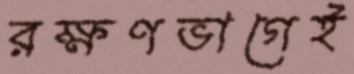
রক্ষণভাগেই